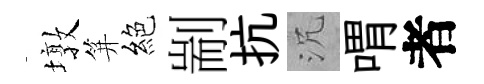
墩笄絕剬抗沉喟者